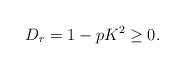
LaTeX: \begin{align*} D_r = 1-pK^2 \geq 0. \end{align*}